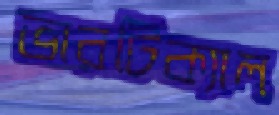
ভারটিক্যাল